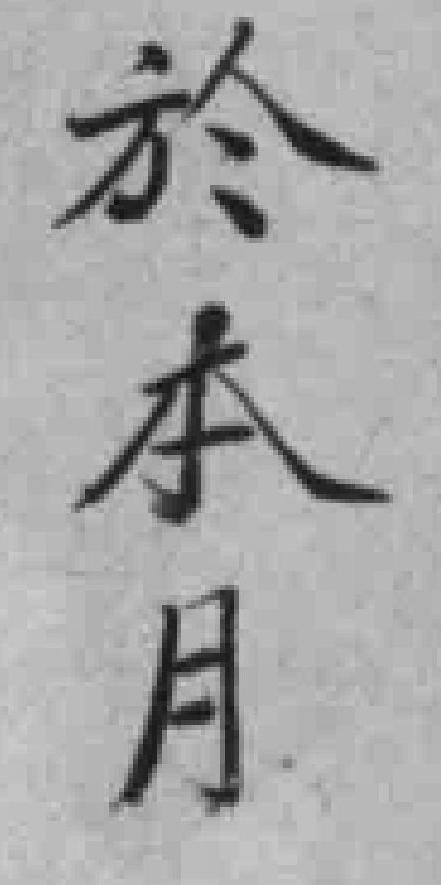
於本月